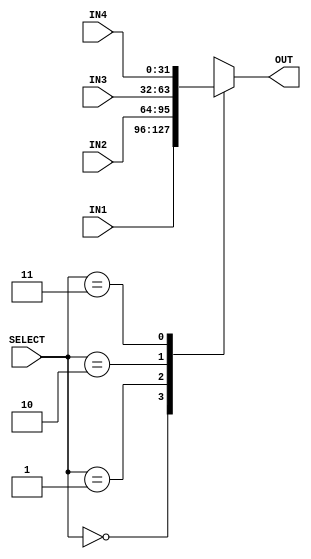
module MULTIPLEXER_4_TO_1 #(
        parameter BUS_WIDTH     = 32          
    ) (
        input   [BUS_WIDTH - 1 : 0] IN1     ,
        input   [BUS_WIDTH - 1 : 0] IN2     ,
        input   [BUS_WIDTH - 1 : 0] IN3     ,
        input   [BUS_WIDTH - 1 : 0] IN4     ,
        input   [1             : 0] SELECT  ,
        output  [BUS_WIDTH - 1 : 0] OUT     
    );
    
    reg [BUS_WIDTH - 1 : 0] out_reg;
    
    always@(*)
    begin
        case(SELECT)
            2'b00:
            begin
                out_reg = IN1;
            end 
            2'b01:
            begin
                out_reg = IN2;
            end 
            2'b10:
            begin
                out_reg = IN3;
            end 
            2'b11:
            begin
                out_reg = IN4;
            end 
        endcase
    end
    
   assign OUT = out_reg;
    
endmodule